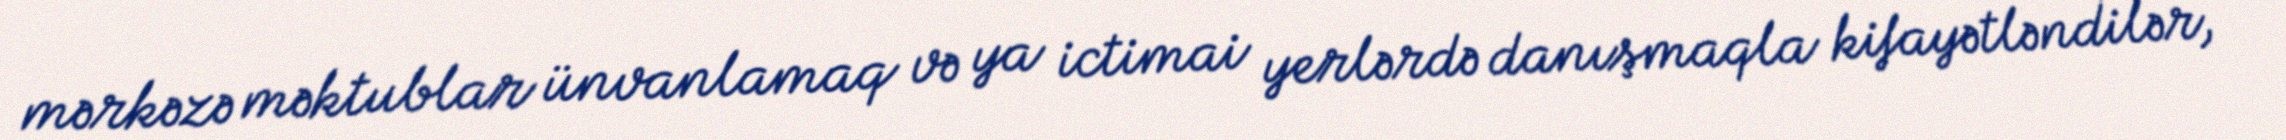
mərkəzə məktublar ünvanlamaq və ya ictimai yerlərdə danışmaqla kifayətləndilər,